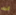
انه